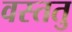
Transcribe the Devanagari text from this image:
वस्ततु